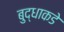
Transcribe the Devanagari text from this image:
बुद्धाकडे